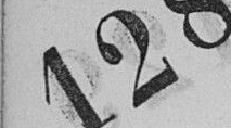
128